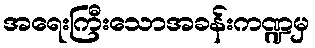
အရေးကြီးသောအခန်းကဏ္ဍမှ